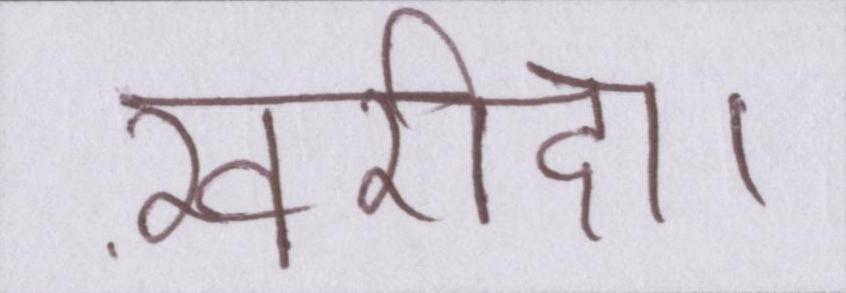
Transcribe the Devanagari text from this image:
ख़रीदा।